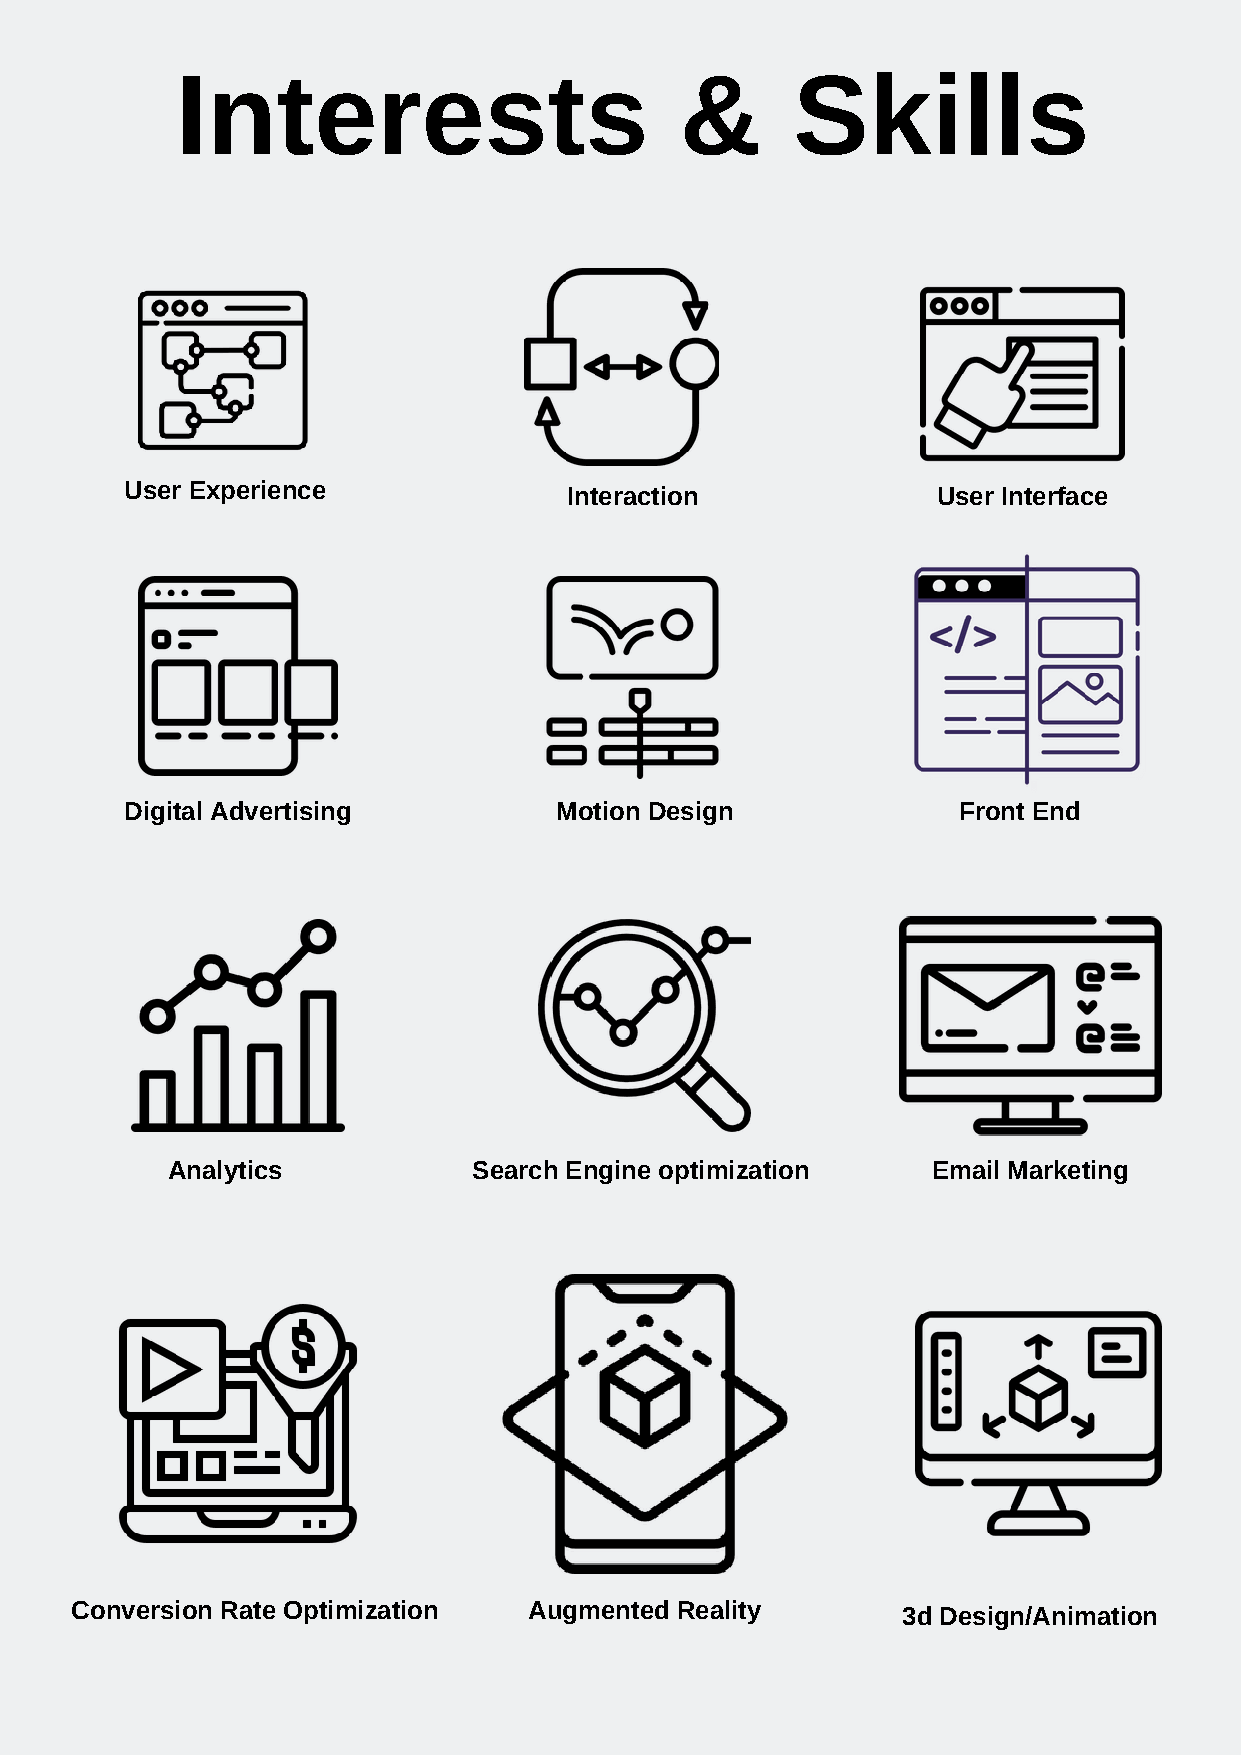
Interests                        &      Skills
 User Experience               Interaction             User Interface
 Digital Advertising          Motion Design             Front End
 Analytics           Search Engine optimization     Email Marketing
 Conversion Rate Optimization  Augmented Reality        3d Design/Animation